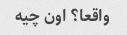
واقعا؟ اون چیه